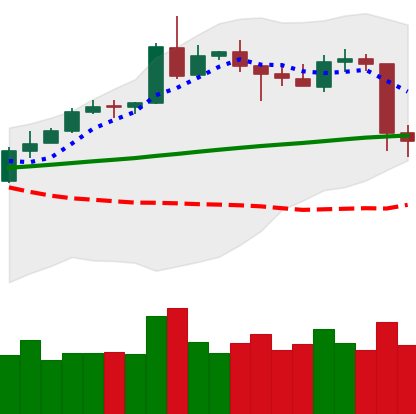
Ticker: ETH-USD
Chart end date: 2020-05-11
Forward return: 7.942%
Label: up_7plus